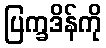
ပြက္ခဒိန်ကို